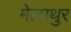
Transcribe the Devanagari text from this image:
मेल्पथुर